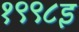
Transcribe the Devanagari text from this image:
१९९८इ